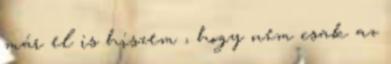
már el is hiszem , hogy nem csak az